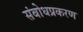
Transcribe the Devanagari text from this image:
संबोधप्रकरण